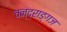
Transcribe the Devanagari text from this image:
चन्द्राङ्गज